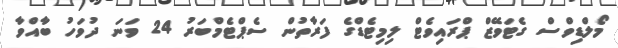
މޯލްޑިވްސް ގެޓަވޭޒް ޕްރައިވެޓް ލިމިޓެޑްގެ ފަރާތުން ސެޕްޓެމްބަރު 24 ވަނަ ދުވަހު ބާއްވާ